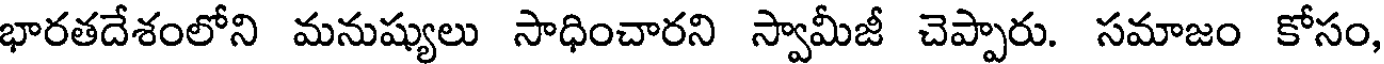
భారతదేశంలోని మనుష్యులు సాధించారని స్వామీజీ చెప్పారు. సమాజం కోసం,